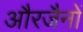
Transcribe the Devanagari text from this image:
औरजैनों